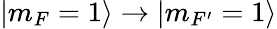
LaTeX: |m_{F}=1\rangle\rightarrow|m_{F^{\prime}}=1\rangle